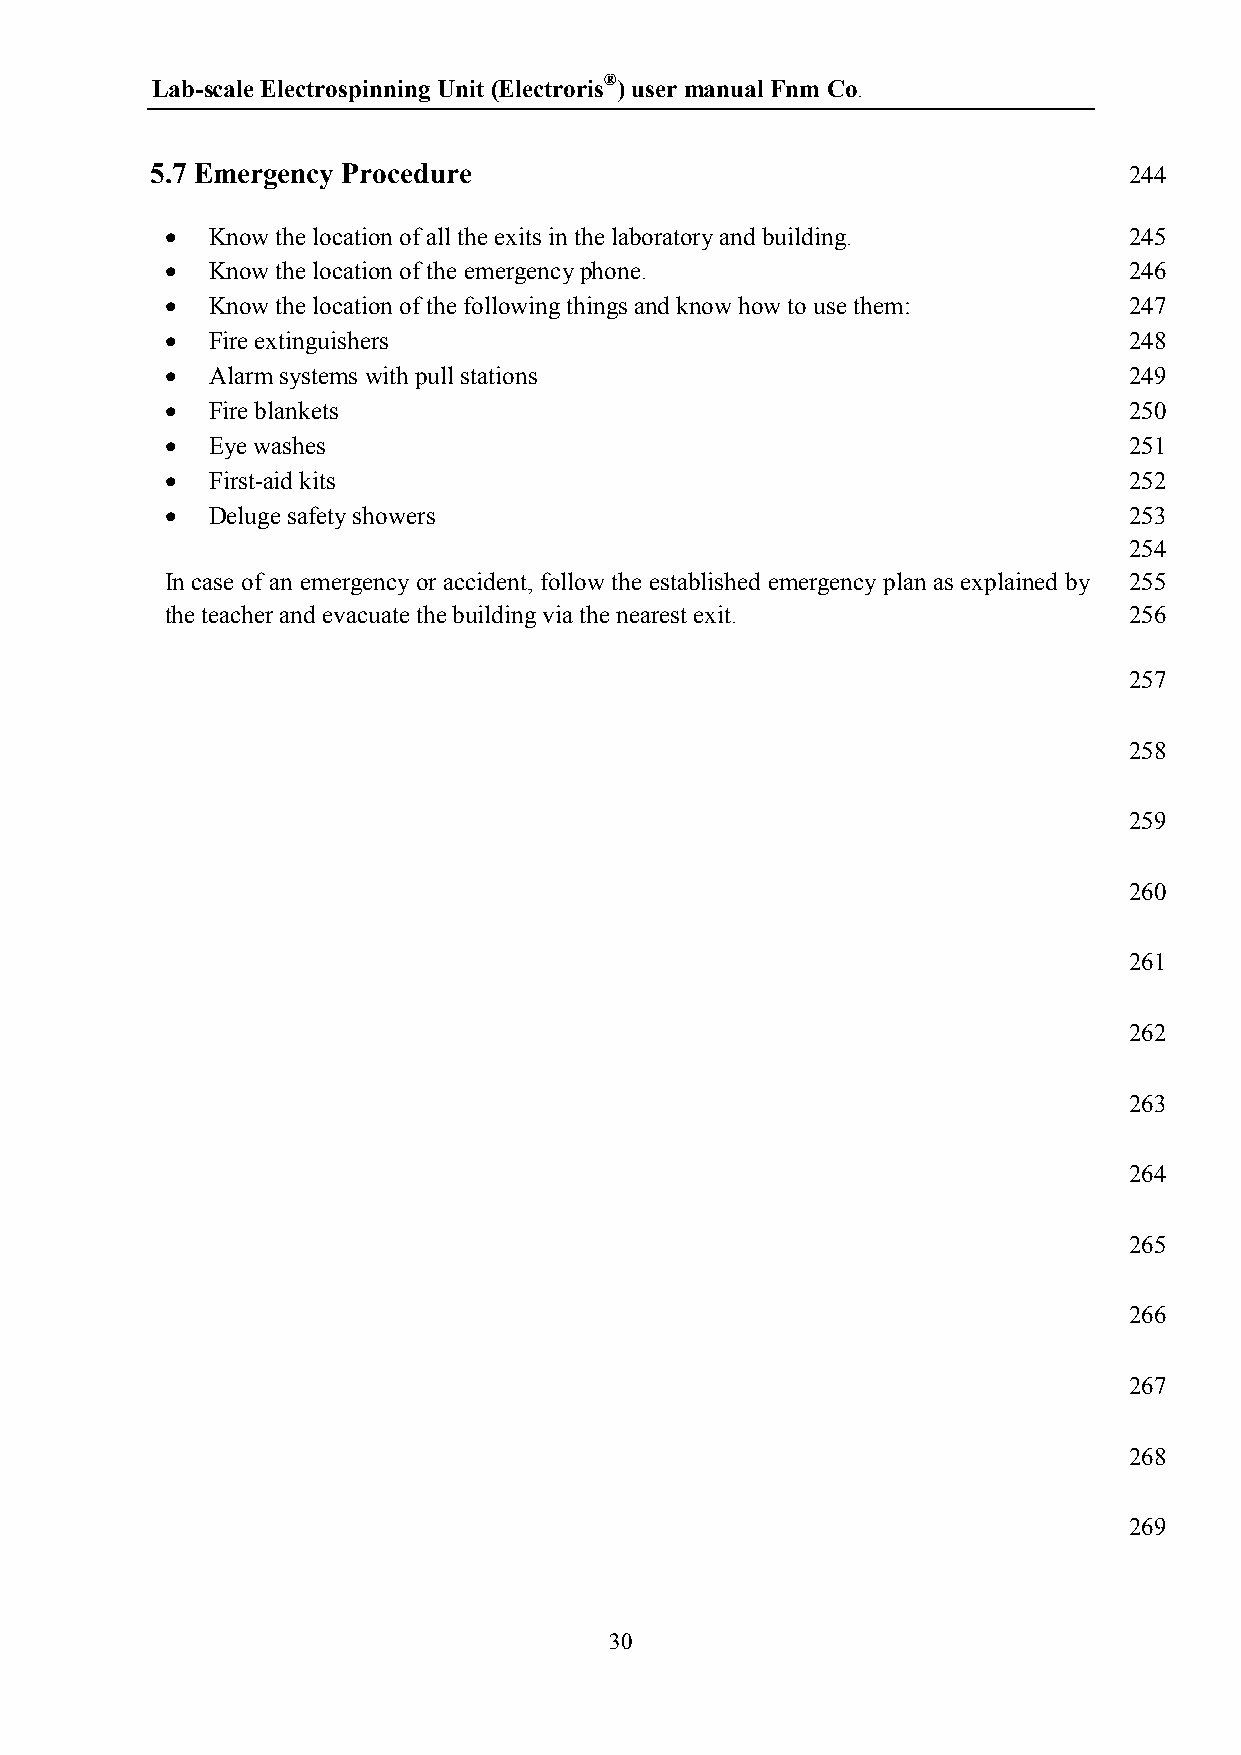
Lab-scale Electrospinning Unit (Electroris®) user manual Fnm Co.
 5.7 Emergency Procedure                                          244
   Know the location of all the exits in the laboratory and building. 245
   Know the location of the emergency phone.                    246
   Know the location of the following things and know how to use them: 247
   Fire extinguishers                                           248
   Alarm systems with pull stations                             249
   Fire blankets                                                250
   Eye washes                                                   251
   First-aid kits                                               252
   Deluge safety showers                                        253
 254
 In case of an emergency or accident, follow the established emergency plan as explained by 255
 the teacher and evacuate the building via the nearest exit.     256
 257
 258
 259
 260
 261
 262
 263
 264
 265
 266
 267
 268
 269
 30